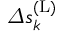
\varDelta s _ { k } ^ { \mathrm { ( L ) } }